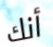
أنك